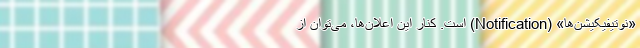
«نوتیفیکیشن‌ها» (Notification) است. کنار این اعلان‌ها، می‌توان از